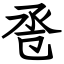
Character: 卺